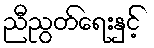
ညီညွတ်ရေးနှင့်